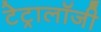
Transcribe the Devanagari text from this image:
टेट्रालॉजी